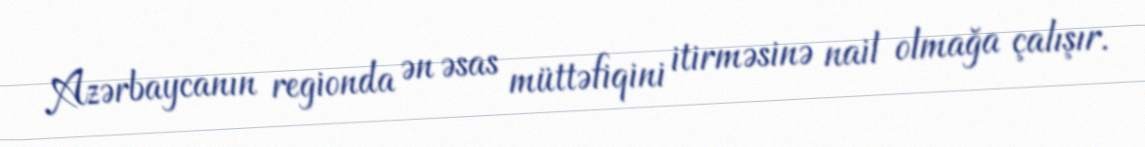
Azərbaycanın regionda ən əsas müttəfiqini itirməsinə nail olmağa çalışır.